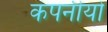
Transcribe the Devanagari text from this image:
कंपनीयो